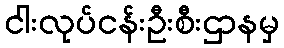
ငါးလုပ်ငန်းဦးစီးဌာနမှ